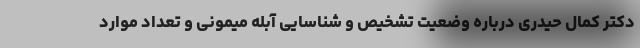
دکتر کمال حیدری درباره وضعیت تشخیص و شناسایی آبله میمونی و تعداد موارد